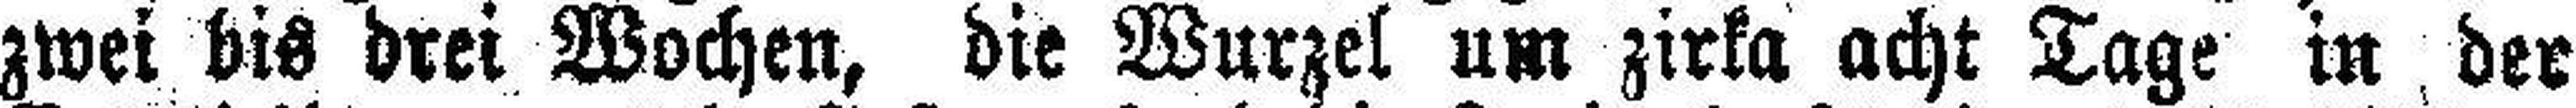
zwei bis drei Wochen, die Wurzel um zirka acht Tage in der